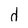
Character: d